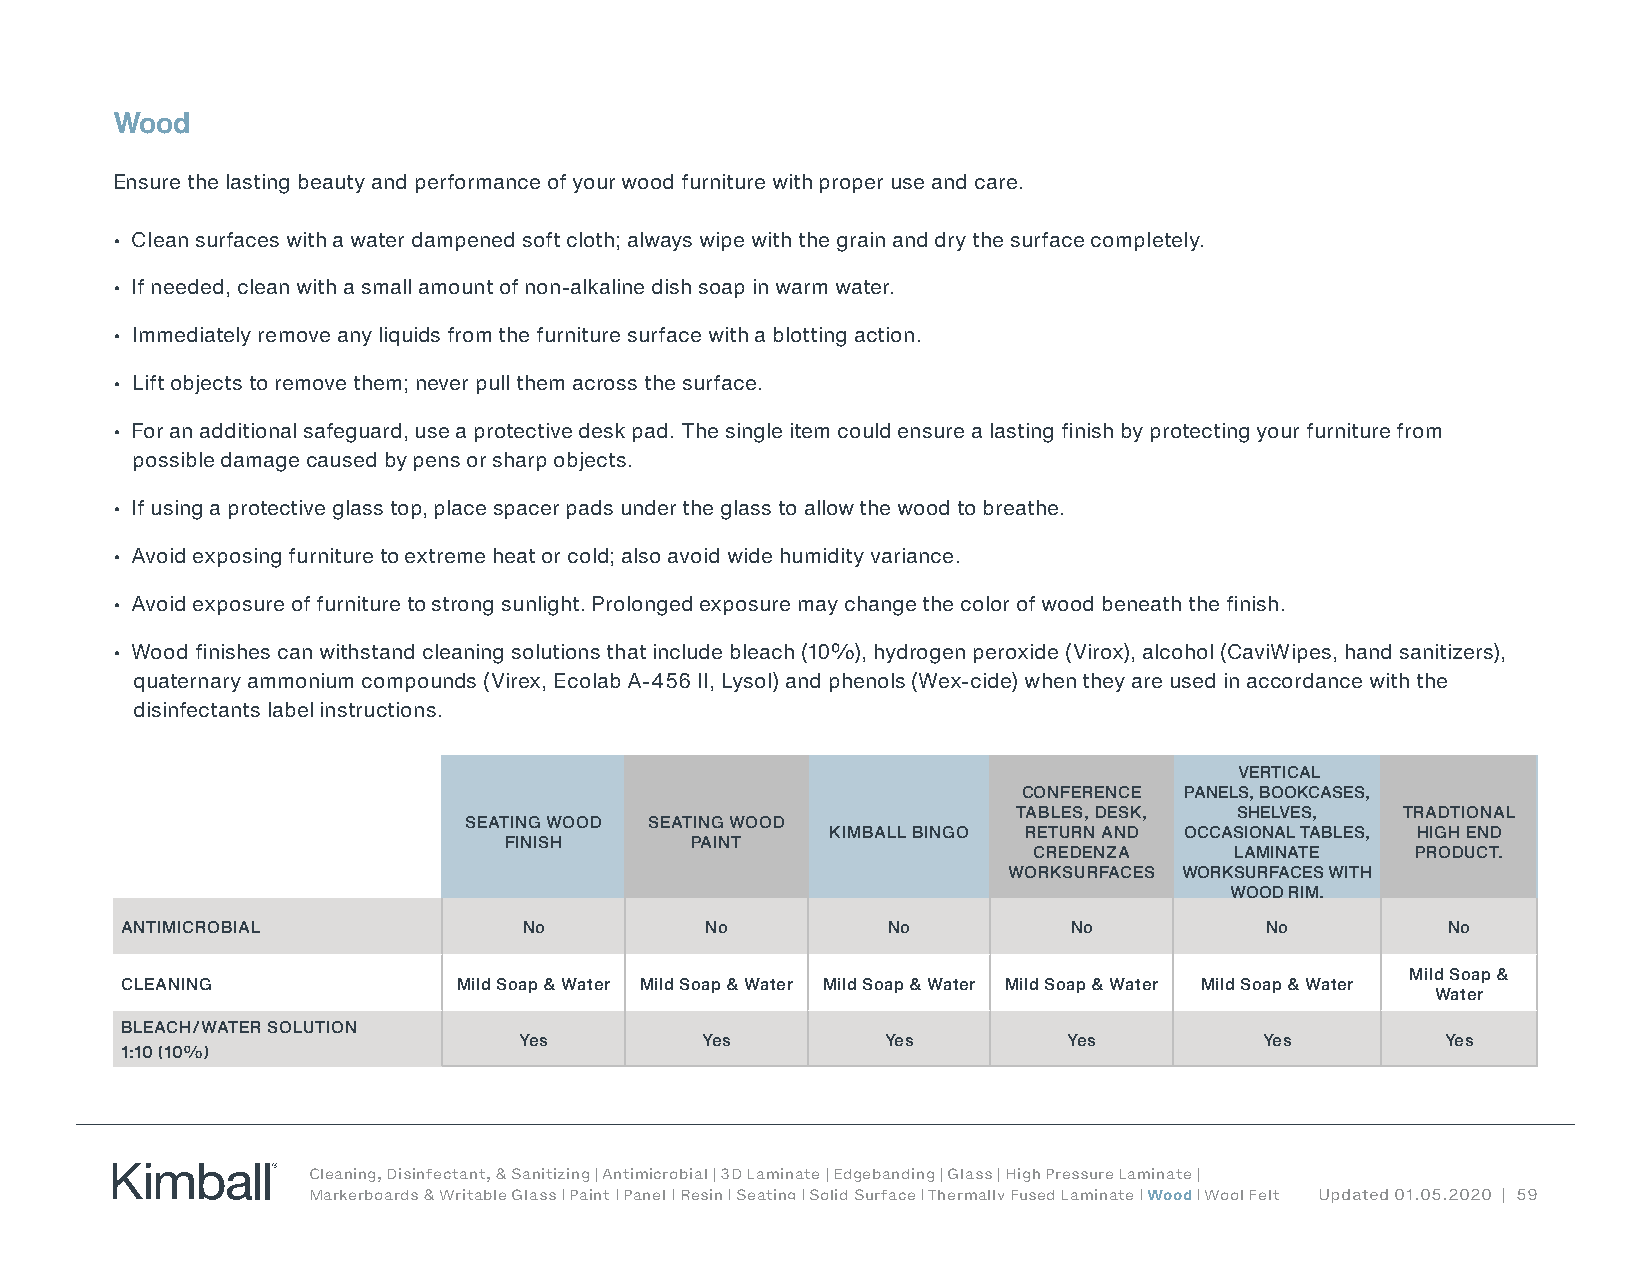
Wood
 Ensure the lasting beauty and performance of your wood furniture with proper use and care.
 • Clean surfaces with a water dampened soft cloth; always wipe with the grain and dry the surface completely.
 • If needed, clean with a small amount of non-alkaline dish soap in warm water.
 • Immediately remove any liquids from the furniture surface with a blotting action.
 • Lift objects to remove them; never pull them across the surface.
 • For an additional safeguard, use a protective desk pad. The single item could ensure a lasting finish by protecting your furniture from
 possible damage caused by pens or sharp objects.
 • If using a protective glass top, place spacer pads under the glass to allow the wood to breathe.
 • Avoid exposing furniture to extreme heat or cold; also avoid wide humidity variance.
 • Avoid exposure of furniture to strong sunlight. Prolonged exposure may change the color of wood beneath the finish.
 • Wood finishes can withstand cleaning solutions that include bleach (10%), hydrogen peroxide (Virox), alcohol (CaviWipes, hand sanitizers),
 quaternary ammonium compounds (Virex, Ecolab A-456 II, Lysol) and phenols (Wex-cide) when they are used in accordance with the
 disinfectants label instructions.
 VERTICAL
 CONFERENCE PANELS, BOOKCASES,
 TABLES, DESK,  SHELVES,   TRADTIONAL
 SEATING WOOD SEATING WOOD
 KIMBALL BINGO RETURN AND OCCASIONAL TABLES, HIGH END
 FINISH       PAINT
 CREDENZA      LAMINATE    PRODUCT.
 WORKSURFACES WORKSURFACES WITH
 WOOD RIM.
 ANTIMICROBIAL              No          No          No          No           No          No
 Mild Soap &
 CLEANING              Mild Soap & Water Mild Soap & Water Mild Soap & Water Mild Soap & Water Mild Soap & Water
 Water
 BLEACH/WATER SOLUTION
 Yes         Yes          Yes         Yes          Yes         Yes
 1:10 (10%)
 Cleaning, Disinfectant, & Sanitizing | Antimicrobial | 3D Laminate | Edgebanding | Glass | High Pressure Laminate |
 Markerboards & Writable Glass | Paint | Panel | Resin | Seating | Solid Surface | Thermally Fused Laminate | Wood | Wool Felt Updated 01.05.2020 | 59